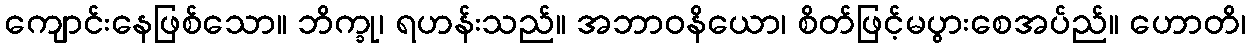
ကျောင်းနေဖြစ်သော။ ဘိက္ခု၊ ရဟန်းသည်။ အဘာဝနိယော၊ စိတ်ဖြင့်မပွားစေအပ်ည်။ ဟောတိ၊